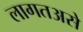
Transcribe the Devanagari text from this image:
लागतअसे